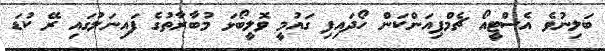
ބަލިނުވެ އެސްޓީއޯ ޗެމްޕިއަންކަން ހޯދައިފި ގައުމީ ވޮލީބޯޅަ މުބާރާތުގެ ފައިނަލުގައި ރޭ ކުޑަ